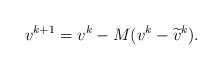
LaTeX: \begin{align*}v^{k+1}=v^k-M(v^k-\widetilde{v}^k).\end{align*}